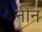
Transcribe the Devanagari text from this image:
नीन